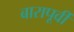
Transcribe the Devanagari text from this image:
बारापूर्वी